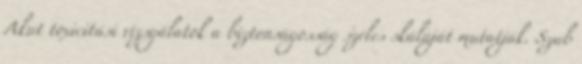
Akut toxicitási vizsgálatok a biztonságosság széles skáláját mutatják. Szub